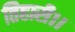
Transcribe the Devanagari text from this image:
तिहारी।।